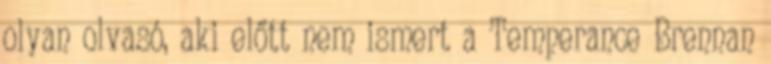
olyan olvasó, aki előtt nem ismert a Temperance Brennan